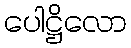
ပေါဋ္ဌိလော